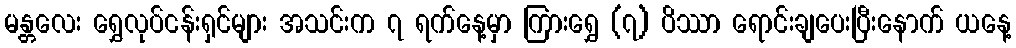
မန္တလေး ရွှေလုပ်ငန်းရှင်များ အသင်းက ၇ ရက်နေ့မှာ ကြားရွှေ (၇) ပိဿာ ရောင်းချပေးပြီးနောက် ယနေ့